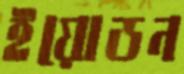
ইয়োডন